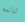
شائعة